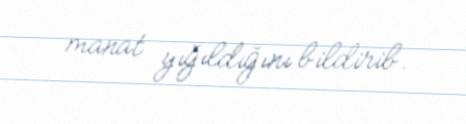
manat yığıldığını bildirib.